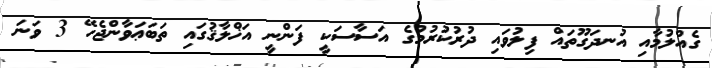
ގެއްލުމާއި އުނދަގޫތައް ފިލުވައި ދުރުކުރުމުގެ އަސާސަކީ ފަންނީ އަޚްލާޤުގައި ތަބަޢަވާންޖެހޭ 3 ވަނަ